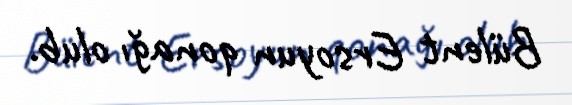
Bülent Ersoyun qonağı olub.